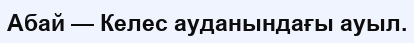
Абай — Келес ауданындағы ауыл.